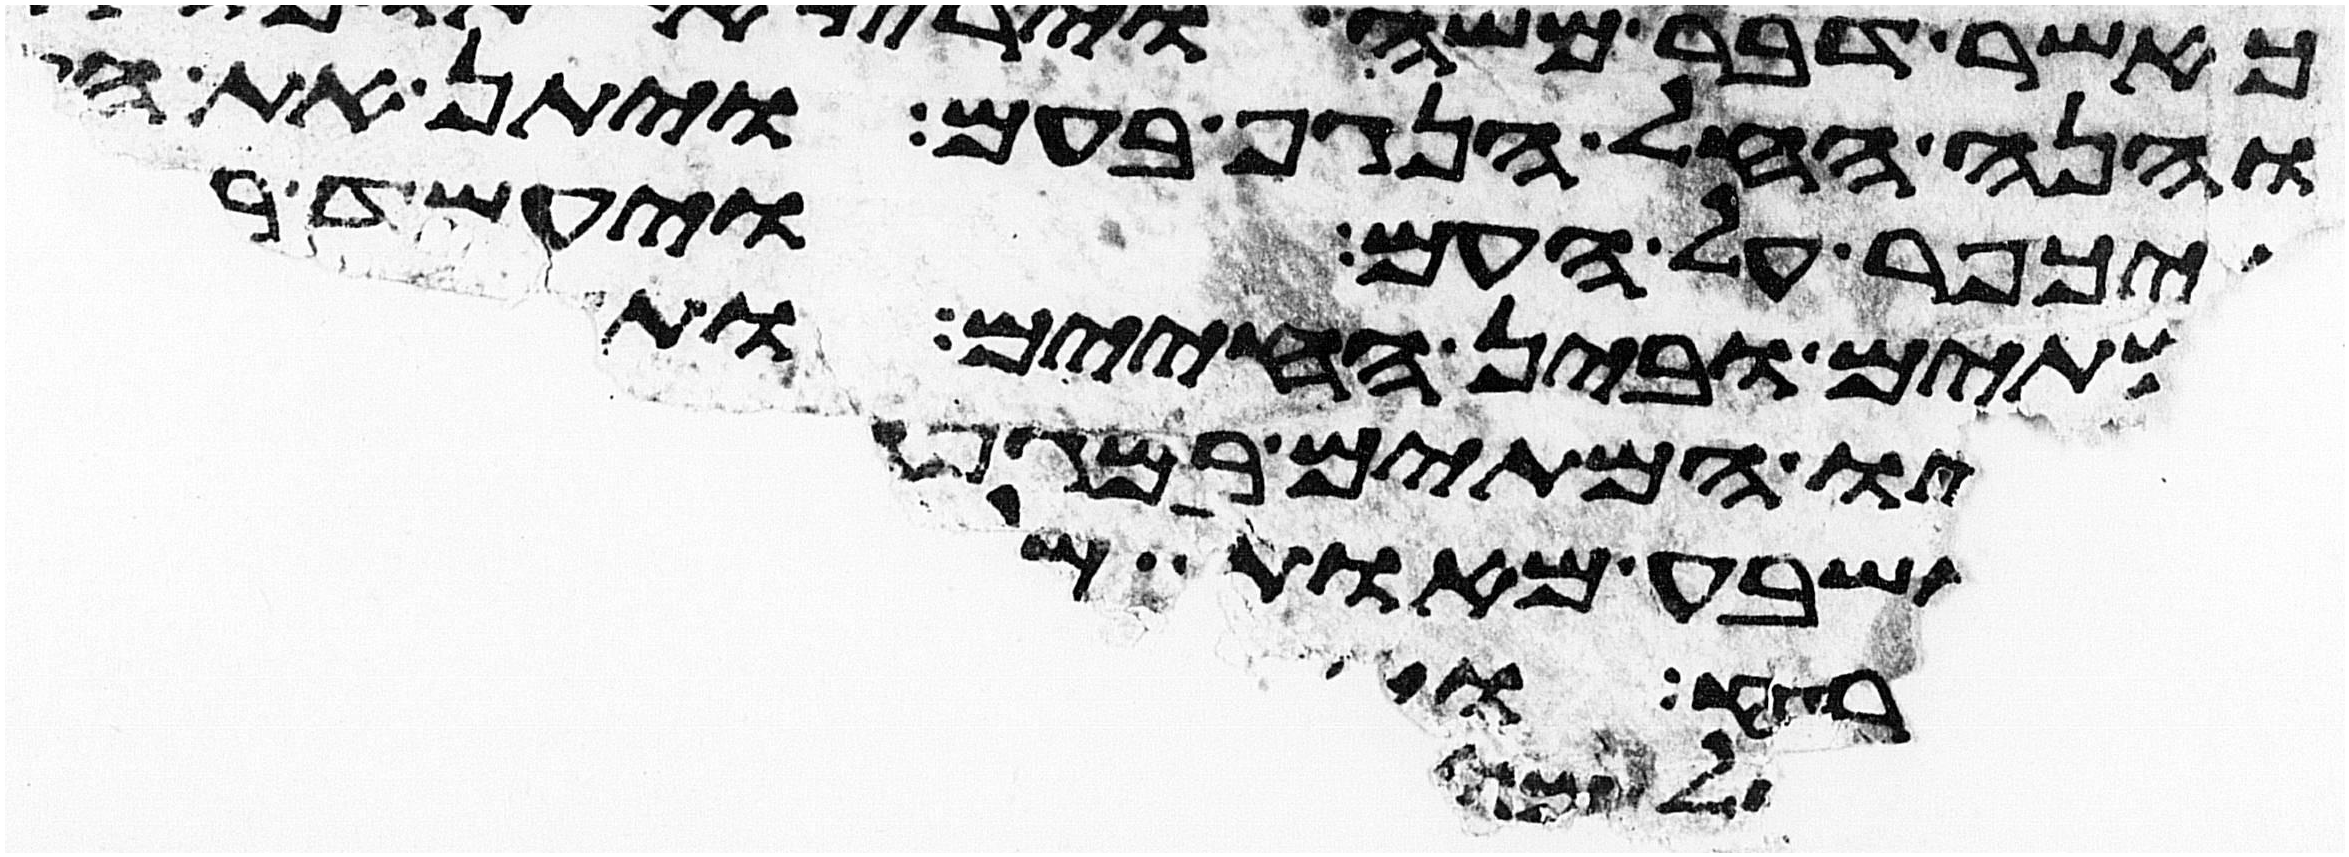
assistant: והנה החל הנגף בעם ויתן את
ויכפר על העם ויעמד
המיתים ובין החיים ותעצר
ויהיו המיתים במגפה
ושבע מאות
רפוא
למה